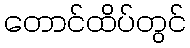
တောင်ထိပ်တွင်